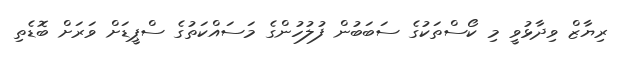
ރިޔާޒް ވިދާޅުވީ މި ކޯސްތަކުގެ ސަބަބުން ފުލުހުންގެ މަސައްކަތުގެ ސްޕީޑަށް ވަރަށް ބޮޑެތި